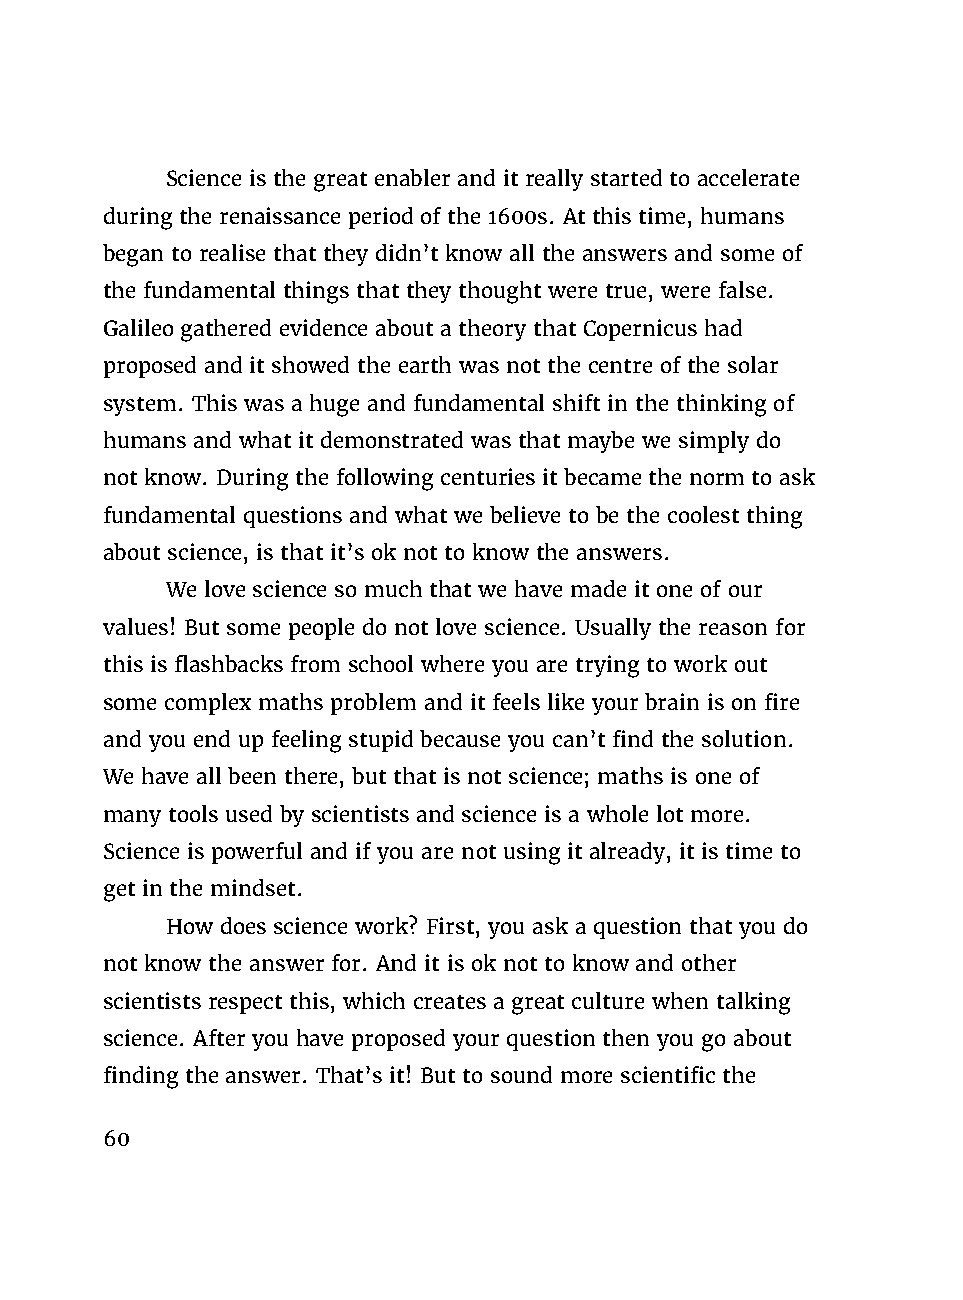
Science is the great enabler and it really started to accelerate
 during the renaissance period of the 1600s. At this time, humans
 began to realise that they didn’t know all the answers and some of
 the fundamental things that they thought were true, were false.
 Galileo gathered evidence about a theory that Copernicus had
 proposed and it showed the earth was not the centre of the solar
 system. This was a huge and fundamental shift in the thinking of
 humans and what it demonstrated was that maybe we simply do
 not know. During the following centuries it became the norm to ask
 fundamental questions and what we believe to be the coolest thing
 about science, is that it’s ok not to know the answers.
 We love science so much that we have made it one of our
 values! But some people do not love science. Usually the reason for
 this is flashbacks from school where you are trying to work out
 some complex maths problem and it feels like your brain is on fire
 and you end up feeling stupid because you can’t find the solution.
 We have all been there, but that is not science; maths is one of
 many tools used by scientists and science is a whole lot more.
 Science is powerful and if you are not using it already, it is time to
 get in the mindset.
 How does science work? First, you ask a question that you do
 not know the answer for. And it is ok not to know and other
 scientists respect this, which creates a great culture when talking
 science. After you have proposed your question then you go about
 finding the answer. That’s it! But to sound more scientific the
 60